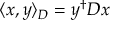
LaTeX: \langle x , y \rangle _ { D } = y ^ { \dagger } D x